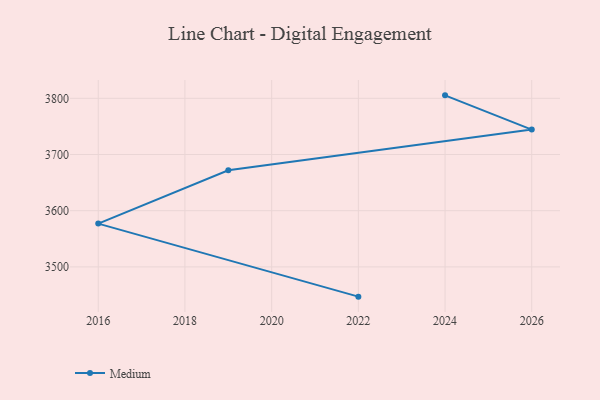
{"axis": {"x": "Year", "y": "Page Views"}, "legend": ["Medium"], "data": [{"x": "2024", "y": 3805.3, "type": "Medium"}, {"x": "2026", "y": 3744.4, "type": "Medium"}, {"x": "2019", "y": 3672.0, "type": "Medium"}, {"x": "2016", "y": 3577.1, "type": "Medium"}, {"x": "2022", "y": 3447.1, "type": "Medium"}]}